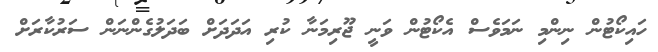
ހައިކޯޓުން ނިންމި ނަމަވެސް އެކޯޓުން ވަނީ ޖޫރިމަނާ ކުރި އަދަދަށް ބަދަލުގެންނަން ސަރުކާރަށް